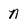
Character: N